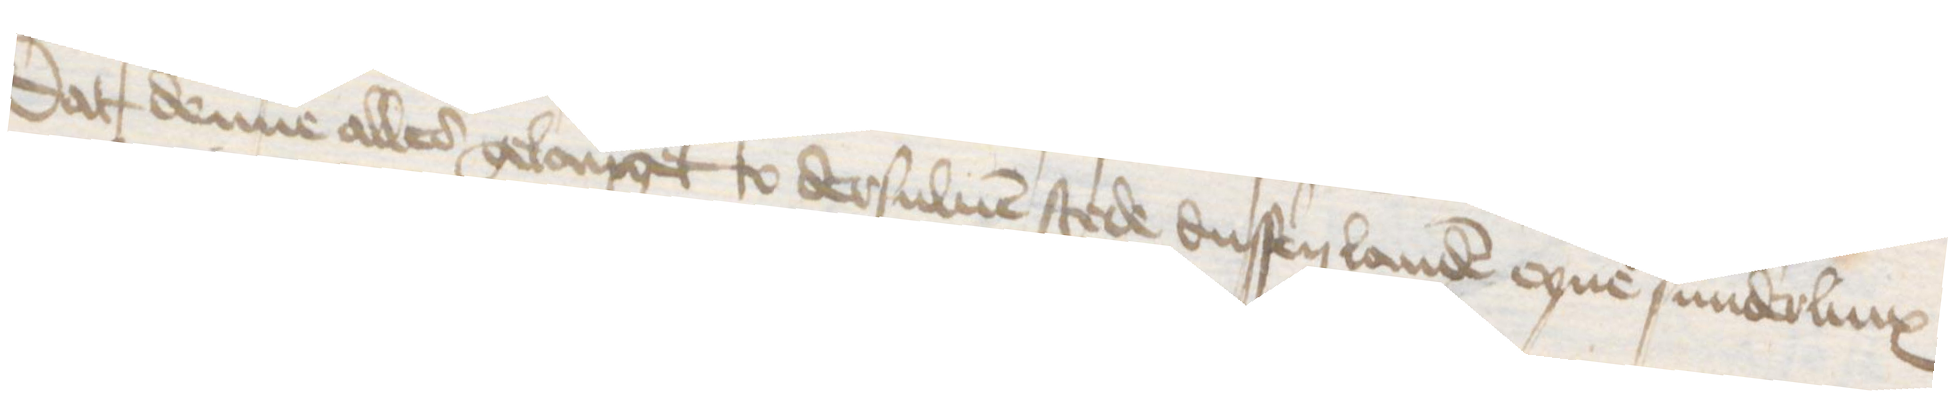
Dat denne alles gelanget to dersuluen stede dussen landen eyne sunderlinx